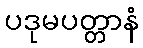
ပဒုမပတ္တာနံ